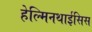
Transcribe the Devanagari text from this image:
हेल्मिनथाईसिस